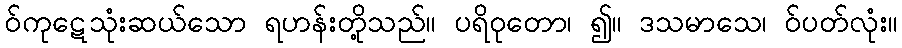
ဝ်ကုဋေသုံးဆယ်သော ရဟန်းတို့သည်။ ပရိဝုတော၊ ၍။ ဒသမာသေ၊ ဝ်ပတ်လုံး။